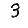
Digit: 3